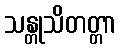
သန္တုသိတတ္တာ